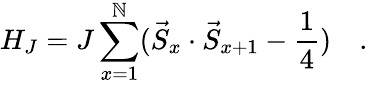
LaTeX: H_{J}=J\sum_{x=1}^{\mathbb{N}}(\vec{{S}}_{x}\cdot\vec{{S}}_{x+1}-\frac{{1}}{{4}})\quad.